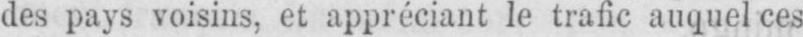
des pays voisins, et appréciant le trafic auquel ces